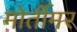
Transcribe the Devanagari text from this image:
मोर्तीमर